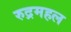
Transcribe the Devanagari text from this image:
रुद्रमहल